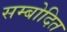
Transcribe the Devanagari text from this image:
सम्बोदित